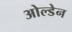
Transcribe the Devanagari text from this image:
ओल्डेन